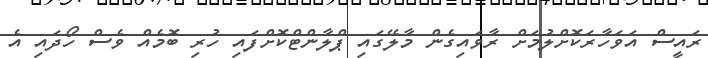
ރައީސް އަވަހާރަކޮށްލުމަށް ރާވައިގެން މާލޭގައި ޕްލާންޓްކޮށްފައި ހުރި ބޮމެއް ވެސް ހޯދައި އެ